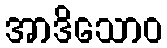
အာဒိသောဝ